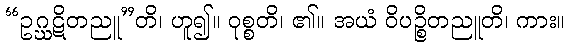
“ဥဂ္ဃဋိတညူ”တိ၊ ဟူ၍။ ဝုစ္စတိ၊ ၏။ အယံ ဝိပဉ္စိတညူတိ၊ ကား။